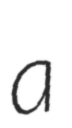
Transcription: a